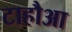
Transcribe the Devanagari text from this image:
टाहौआ